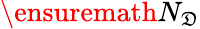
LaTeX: \ensuremath{N_{\mathfrak{D}}}